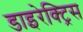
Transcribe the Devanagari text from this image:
डाइरेक्ट्रिस